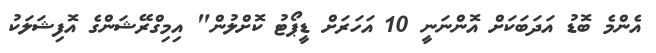
އެންމެ ބޮޑު އަދަބަކަށް އޮންނަނީ 10 އަހަރަށް ޑީޕޯޓު ކޮށްލުން" އިމިގްރޭޝަންގެ އޮފިޝަލަކު